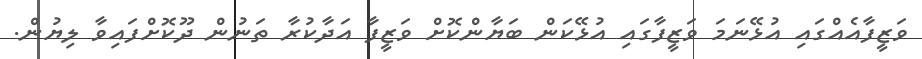
ވަޒީފާއެއްގައި އުޅޭނަމަ ވަޒީފާގައި އުޅޭކަން ބަޔާންކޮށް ވަޒީފާ އަދާކުރާ ތަނުން ދޫކޮށްފައިވާ ލިޔުން.